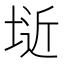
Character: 𭎱